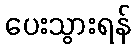
ပေးသွားရန်